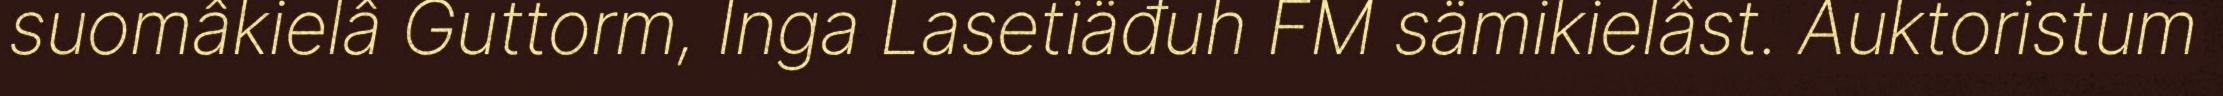
suomâkielâ Guttorm, Inga Lasetiäđuh FM sämikielâst. Auktoristum